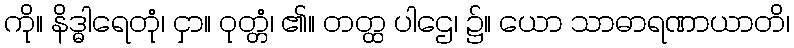
ကို။ နိဒ္ဓါရေတုံ၊ ငှာ။ ဝုတ္တံ၊ ၏။ တတ္ထ ပါဌေ၊ ၌။ ယော သာဓာရဏာယာတိ၊